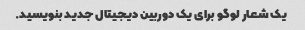
یک شعار لوگو برای یک دوربین دیجیتال جدید بنویسید.